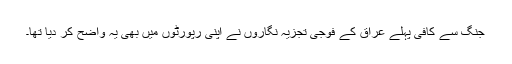
جنگ سے کافی پہلے عراق کے فوجی تجزیہ نگاروں نے اپنی رپورٹوں میں بھی یہ واضح کر دیا تھا۔